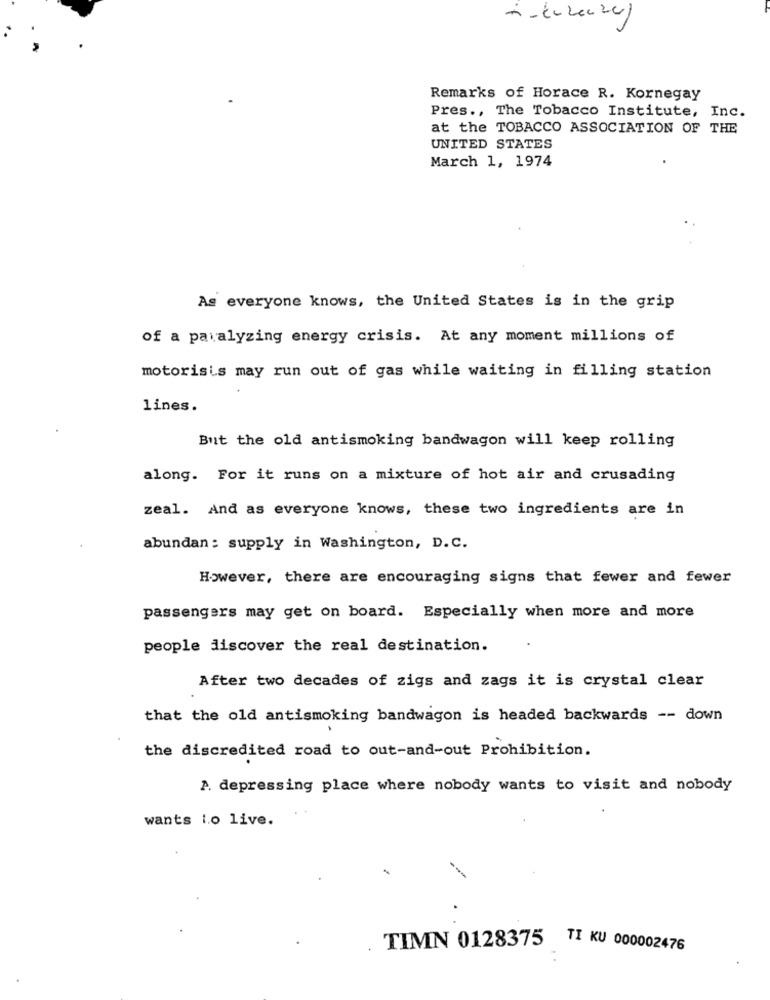
Remarks of Horace R. Kornegay
Pres ., The Tobacco Institute, Inc.
at the TOBACCO ASSOCIATION OF THE
UNITED STATES
March 1, 1974
As everyone knows, the United States is in the grip
of a paralyzing energy crisis. At any moment millions of
motorisis may run out of gas while waiting in filling station
lines.
But the old antismoking bandwagon will keep rolling
along. For it runs on a mixture of hot air and crusading
zeal. And as everyone knows, these two ingredients are in
abundan: supply in Washington, D.C.
However, there are encouraging signs that fewer and fewer
passengers may get on board. Especially when more and more
people discover the real destination.
After two decades of zigs and zags it is crystal clear
that the old antismoking bandwagon is headed backwards -- down
the discredited road to out-and-out Prohibition.
A depressing place where nobody wants to visit and nobody
wants lo live.
TIMN 0128375 TI KU 000002476